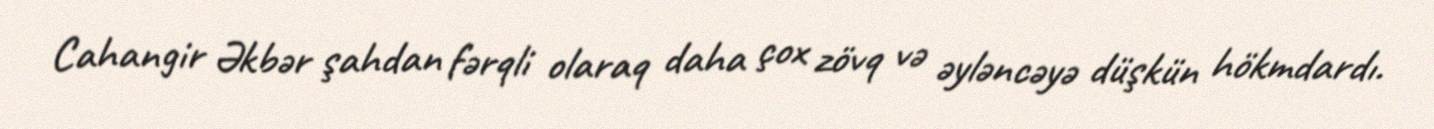
Cahangir Əkbər şahdan fərqli olaraq daha çox zövq və əyləncəyə düşkün hökmdardı.